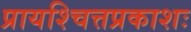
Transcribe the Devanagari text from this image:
प्रायश्चित्तप्रकाशः